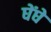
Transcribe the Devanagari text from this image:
घेंघे